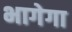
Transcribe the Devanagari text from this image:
भागेगा